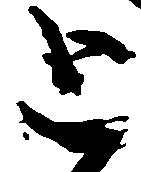
と